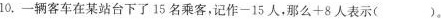
10，一辆客车在某站台下了15名乘客，记作-15人，那么+8人表示()。